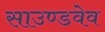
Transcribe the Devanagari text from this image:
साउण्डवेव